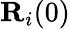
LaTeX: {\mathbf R}_{i}(0)